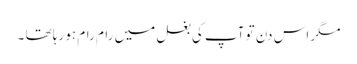
مگر اس دن تو آپ کی بغل میں رام رام ہو رہا تھا ۔